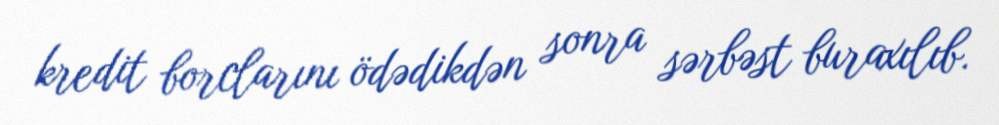
kredit borclarını ödədikdən sonra sərbəst buraxılıb.